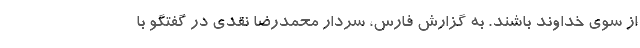
از سوی خداوند باشند. به گزارش فارس، سردار محمدرضا نقدی در گفتگو با